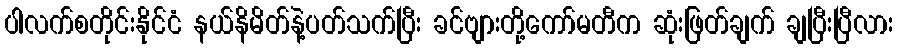
ပါလက်စတိုင်းနိုင်ငံ နယ်နိမိတ်နဲ့ပတ်သက်ပြီး ခင်ဗျားတို့ကော်မတီက ဆုံးဖြတ်ချက် ချပြီးပြီလား